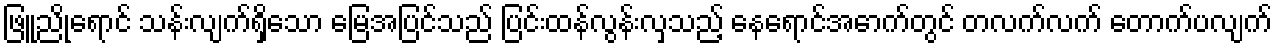
ဖြူညိုရောင် သန်းလျက်ရှိသော မြေအပြင်သည် ပြင်းထန်လွန်းလှသည့် နေရောင်အောက်တွင် တလက်လက် တောက်ပလျက်